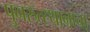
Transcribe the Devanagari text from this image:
पुनरुत्स्थानाचा